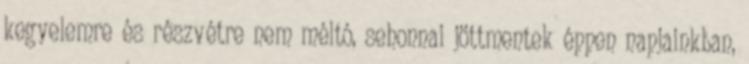
kegyelemre és részvétre nem méltó, sehonnai jöttmentek éppen napjainkban,